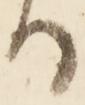
る